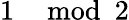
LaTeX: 1\mod 2